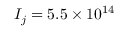
I _ { j } = 5 . 5 \times 1 0 ^ { 1 4 }